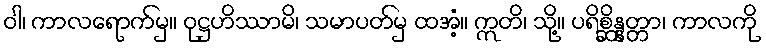
ဝါ၊ ကာလရောက်မှ။ ဝုဋ္ဌဟိဿာမိ၊ သမာပတ်မှ ထအံ့။ ဣတိ၊ သို့။ ပရိစ္ဆိန္နတ္တာ၊ ကာလကို